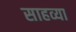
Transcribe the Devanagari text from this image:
साहव्या